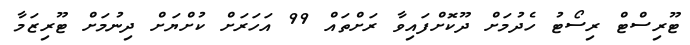
ޓޫރިސްޓް ރިސޯޓު ހެދުމަށް ދޫކޮށްފައިވާ ރަށްތައް 99 އަހަރަށް ކުށްޔަށް ދިނުމަށް ޓޫރިޒަމާ